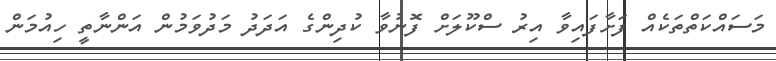
މަސައްކަތްތަކެއް ފަށާފައިވާ އިރު ސްކޫލަށް ފޮނުވާ ކުދިންގެ އަދަދު މަދުވަމުން އަންނާތީ ހިއުމަން